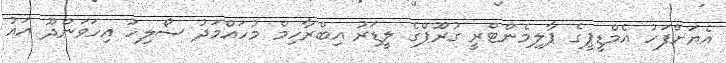
އެޔަށްފަހު އެމްޑީޕީގެ ޕާލިމެންޓްރީ ގުރޫޕްގެ ލީޑަރު އިބްރާހިމް މުހައްމަދު ސޯލިހު އިހަވަންދޫ އައު